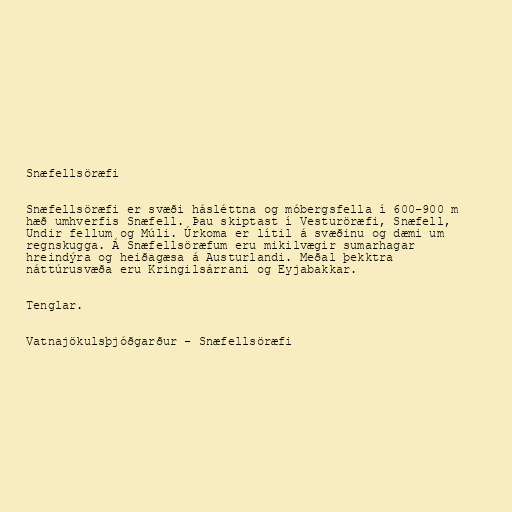
Snæfellsöræfi

Snæfellsöræfi er svæði hásléttna og móbergsfella í 600-900 m
hæð umhverfis Snæfell. Þau skiptast í Vesturöræfi, Snæfell,
Undir fellum og Múli. Úrkoma er lítil á svæðinu og dæmi um
regnskugga. Á Snæfellsöræfum eru mikilvægir sumarhagar
hreindýra og heiðagæsa á Austurlandi. Meðal þekktra
náttúrusvæða eru Kringilsárrani og Eyjabakkar.

Tenglar.

Vatnajökulsþjóðgarður - Snæfellsöræfi